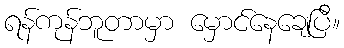
ရန်ကုန်ဘူတာမှာ မှောင်နေချေပြီ။